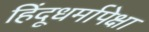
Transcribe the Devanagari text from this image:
हिंदूधर्मापेक्षा